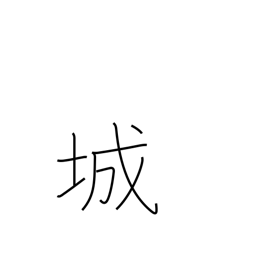
Meaning: castle